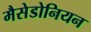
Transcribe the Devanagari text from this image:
मैसेडोनियन